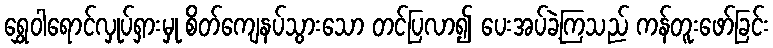
ရွှေဝါရောင်လှုပ်ရှားမှု စိတ်ကျေနပ်သွားသော တင်ပြလာ၍ ပေးအပ်ခဲ့ကြသည် ကန်တူးဖော်ခြင်း